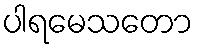
ပါရမေသတော